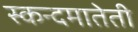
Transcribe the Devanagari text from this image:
स्कन्दमातेती